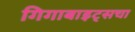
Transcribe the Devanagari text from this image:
गिगाबाइट्सचा